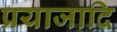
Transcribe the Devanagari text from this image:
प्रयाजादि